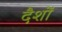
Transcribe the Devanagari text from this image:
दैशों